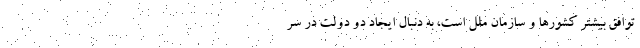
توافق بیشتر کشورها و سازمان ملل است، به دنبال ایجاد دو دولت در سر